Report on plague in the Punjab from October 1st ... to September 30th ..., being the ... season of plague in the province
Disease focus: Plague
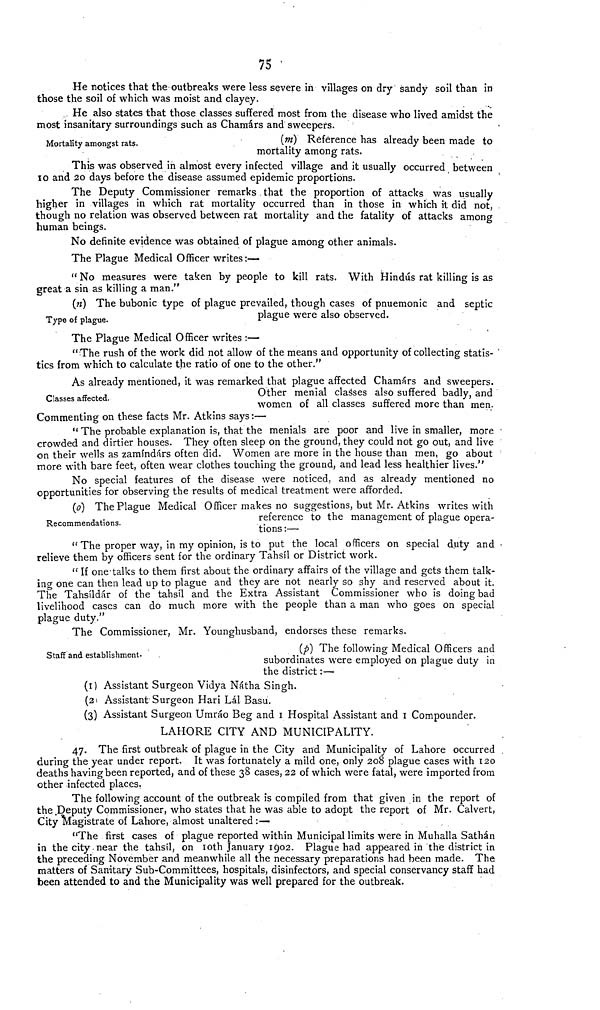
75
He notices that the outbreaks were less severe in villages on dry sandy soil than in
those the soil of which was moist and clayey.
. He also states that those classes suffered most from the disease who lived amidst the
most insanitary surroundings such as Chamars and sweepers.
Mortality amongst rats.
{m) Reference has already been made to
mortality among rats.
This was observed in almost every infected village and it usually occurred between
10 and 20 days before the disease assumed epidemic proportions.
The Deputy Commissioner remarks that the proportion of attacks was usually
higher in villages in which rat mortality occurred than in those in which it did not,
though no relation was observed between rat mortality and the fatality of attacks among
human beings.
No definite evidence was obtained of plague among other animals.
The Plague Medical Officer writes:—
" No measures were taken by people to kill rats. With Hindus rat killing is as
great a sin as killing a man."
Type of plague.
(«) The bubonic type of plague prevailed, though cases of pnuemonic and septic
plague were also observed.
The Plague Medical Officer writes :—
"The rush of the work did not allow of the means and opportunity of collecting statis-
tics from which to calculate the ratio of one to the other."
Classes affected.
As already mentioned, it was remarked that plague affected Chamars and sweepers.
Other menial classes also suffered badly, and
women of all classes suffered more than men.
Commenting on these facts Mr. Atkins says:—
" The probable explanation is, that the menials are poor and live in smaller, more
crowded and dirtier houses. They often sleep on the ground, they could not go out, and live
on their wells as zammd;\rs often did. Women are more in the house than men, go about
more with bare feet, often wear clothes touching the ground, and lead less healthier lives/'
No special features of the disease were noticed, and as already mentioned no
opportunities for observing the results of medical treatment were afforded.
Recommendations.
(0) The Plague Medical Officer makes no suggestions, but Mr. Atkins writes with
reference to the management of plague opera-
tions :—
" The proper way, in my opinion, is to put the local officers on special duty and -
relieve them by officers sent for the ordinary Tahsil or District work.
" If one-talks to them first about the ordinary affairs of the village and gets them talk-
ing one can then lead up to plague and they are not nearly so shy and reserved about it.
The Tahsildar of the tahsil and the Extra Assistant Commissioner who is doing bad
livelihood cases can do much more with the people than a man who goes on special
plague duty."
The Commissioner, Mr. Younghusband, endorses these remarks.
Staff and establishment-
(p) The following Medical Officers and
subordinates were employed on plague duty in
the district:—
(1) Assistant Surgeon Vidya Natha Singh.
(21 Assistant Surgeon Hari Lai Basu.
(3) Assistant Surgeon Umrao Beg and 1 Hospital Assistant and 1 Compounder.
LAHORE CITY AND MUNICIPALITY.
47. The first outbreak of plague in the City and Municipality of Lahore occurred
during the year under report. It was fortunately a mild one, only 208 plague cases with 120
deaths having been reported, and of these 38 cases, 22 of which were fatal, were imported from
other infected places.
The following account of the outbreak is compiled from that given in the report of
the Deputy Commissioner, who states that he was able to adopt the report of Mr. Calvert,
City Magistrate of Lahore, almost unaltered:—
"The first cases of plague reported within Municipal limits were in Muhalla Sathan
in the city near the tahsil, on 10th January 1902. Plague had appeared in the district in
the preceding November and meanwhile all the necessary preparations had been made. The
matters of Sanitary Sub-Committees, hospitals, disinfectors, and special conservancy staff had
been attended to and the Municipality was well prepared for the outbreak.